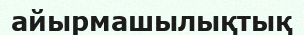
айырмашылықтық